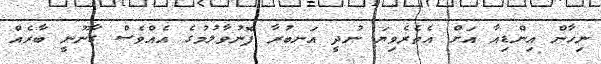
ނިހާން އިންޑިއާ އަށް އެތެރެވިޔަ ނުދީ އަނބުރާ ފޮނުވާލުމުގެ އެއްވެސް ގާނޫނީ ބާރެއް